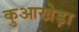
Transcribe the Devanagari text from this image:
कुआखेड़ा